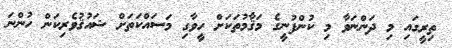
ތިރީގައި މި ދަންނަވާ މި ކުންފުނީގެ މަޤާމުތަކަށް ހީވާގި މަސައްކަތަށް ޝައުޤުވެރިކަން ހުންނަ